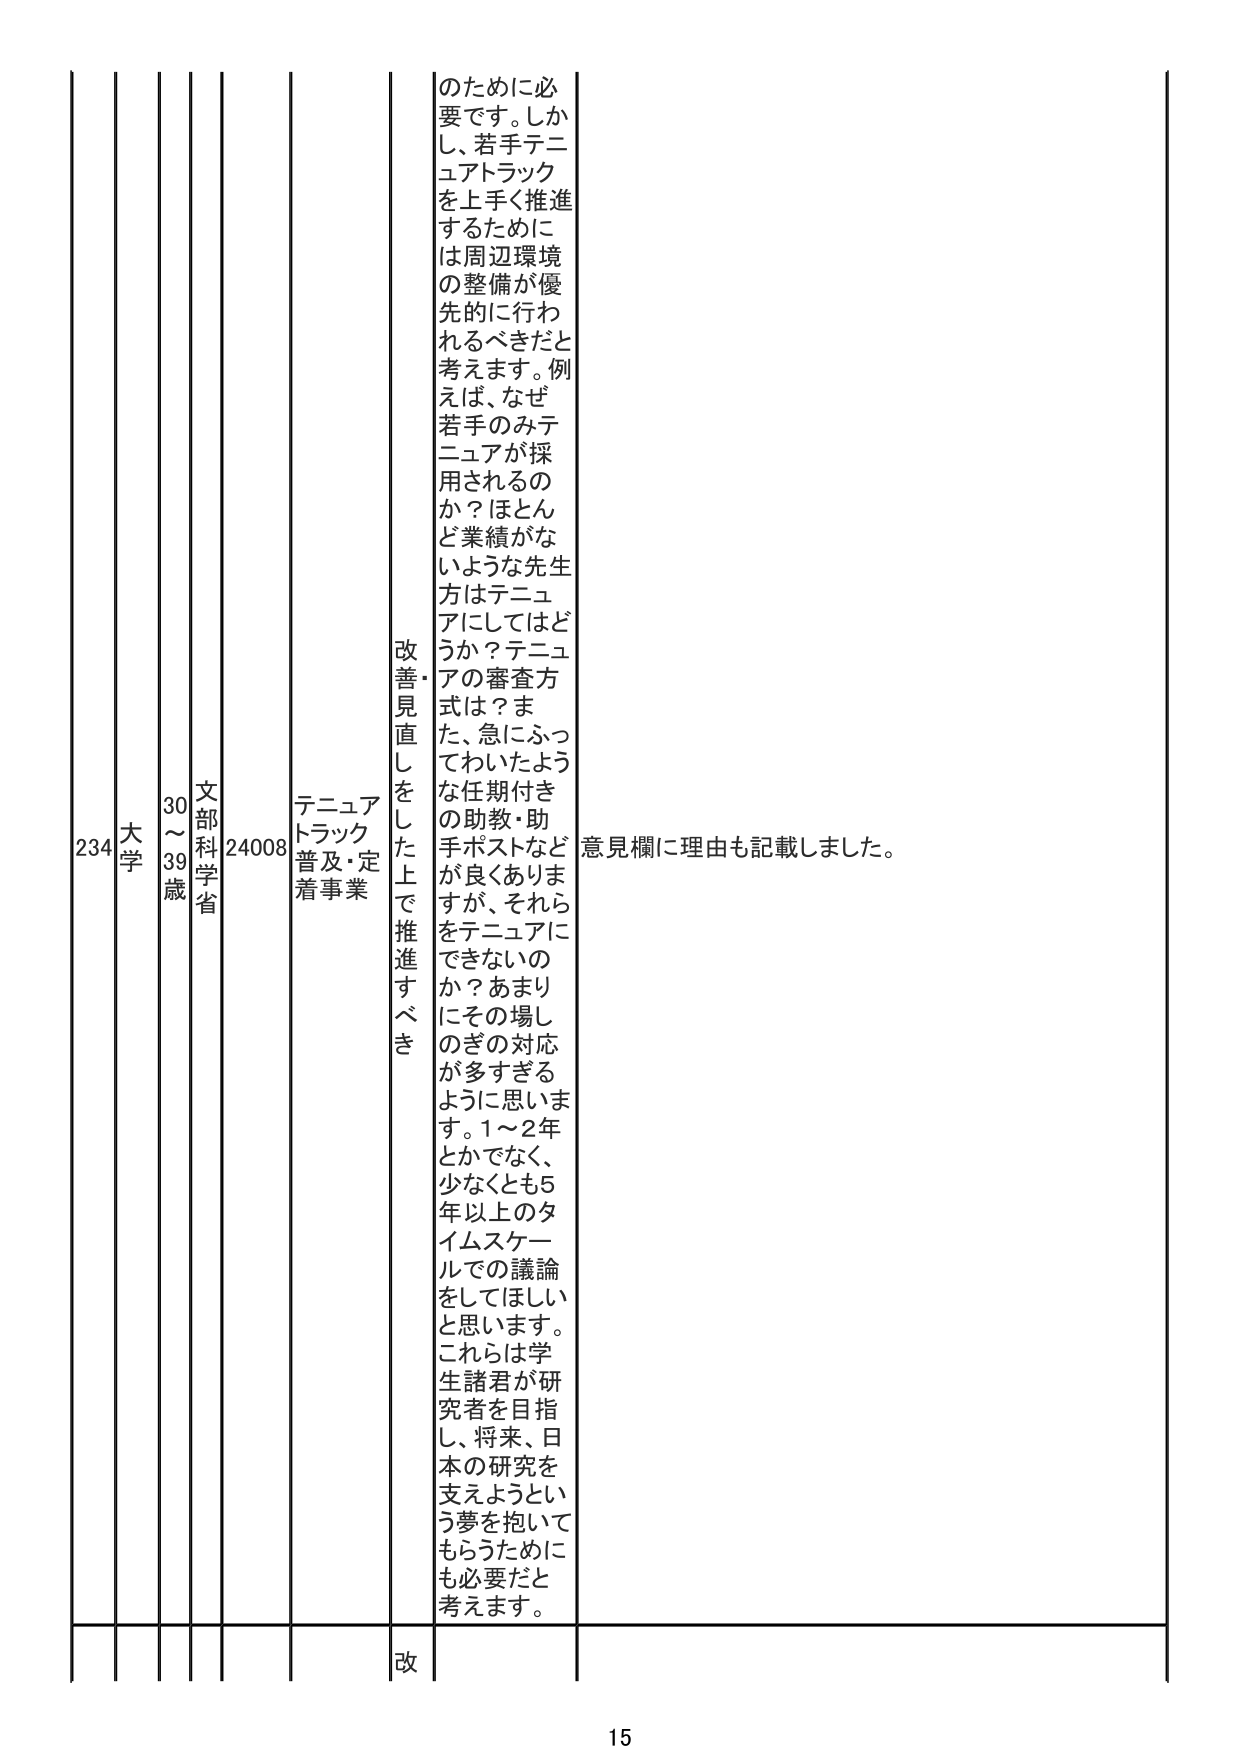
234 大学 30～39歳 文部科学省 24008 テニュア トラック 普及・定着事業 改善・見直しをした上で推進すべき のために必要です。しかし、若手テニュア トラックを上手く推進するために は周辺環境の整備が優先的に行われるべきだと 考えます。例えば、なぜ若手のみテニュアが採用されるのか？ほとんど業績がないような先生方はテニュアにしてはどうか？テニュアの審査方式は？また、急にふってわいたような任期付きの助教・助手ポストなどが良くありますが、それらをテニュアにできないのか？あまりにその場しのぎの対応が多すぎるように思います。1～2年とかでなく、少なくとも5年以上のタイムスケールでの議論をしてほしいと思います。これらは学生諸君が研究者を目指し、将来、日本の研究を支えようという夢を抱いてもらうためにも必要だと考えます。 意見欄に理由も記載しました。 改 15